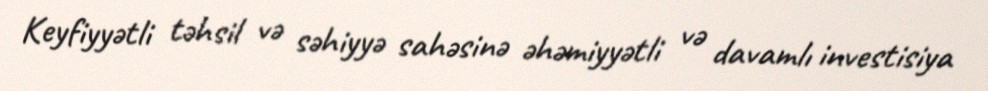
Keyfiyyətli təhsil və səhiyyə sahəsinə əhəmiyyətli və davamlı investisiya